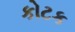
કોટક